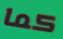
كما